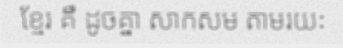
ខ្មែរ គឺ ដូចគ្នា សាកសម តាមរយៈ